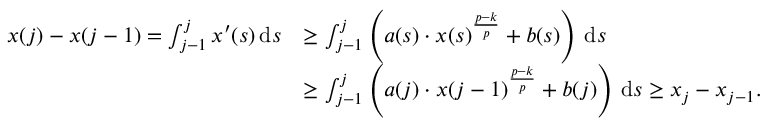
\begin{array} { r l } { x ( j ) - x ( j - 1 ) = \int _ { j - 1 } ^ { j } x ^ { \prime } ( s ) \, \mathrm { d } { s } } & { \geq \int _ { j - 1 } ^ { j } \left( a ( s ) \cdot x ( s ) ^ { \frac { p - k } { p } } + b ( s ) \right) \, \mathrm { d } { s } } \\ & { \ge \int _ { j - 1 } ^ { j } \left( a ( j ) \cdot x ( j - 1 ) ^ { \frac { p - k } { p } } + b ( j ) \right) \, \mathrm { d } { s } \ge x _ { j } - x _ { j - 1 } . } \end{array}